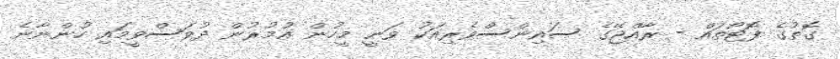
ގޮތުގެ ފޮޓޯތައް - ރާއްޖޭގެ ސައިންސްވެރިއަކު ވަނީ މީހުން އުމުރުން ދުވަސްވީމައި ހުންނާނެ